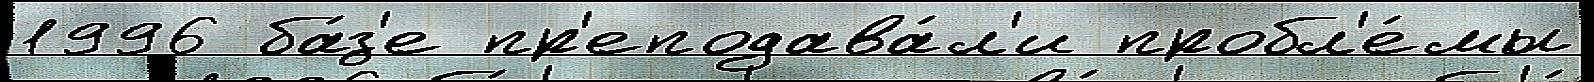
1996 ба́з'е пр'еподава́л'и пробл'е́мы